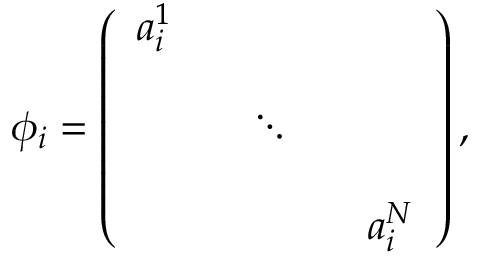
\phi _ { i } = \left( \begin{array} { c c c c c } { { a _ { i } ^ { 1 } } } & { { } } & { { } } & { { } } & { { } } \\ { { } } & { { } } & { { } } & { { } } & { { } } \\ { { } } & { { } } & { { \ddots } } & { { } } & { { } } \\ { { } } & { { } } & { { } } & { { } } & { { } } \\ { { } } & { { } } & { { } } & { { } } & { { a _ { i } ^ { N } } } \end{array} \right) ,